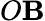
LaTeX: O\mathbf{B}